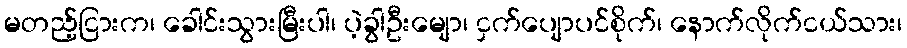
မတည့်ငြားက၊ ခေါင်းသွားမြီးပါ၊ ပဲ့ခွါဦးမျော၊ ငှက်ပျောပင်စိုက်၊ နောက်လိုက်ငယ်သား၊